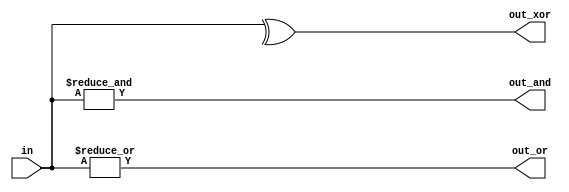
module top_module( 
    input [3:0] in,
    output out_and,
    output out_or,
    output out_xor
);
	assign out_and = &in;
    assign out_or = |in;
    assign out_xor = ^in;
endmodule